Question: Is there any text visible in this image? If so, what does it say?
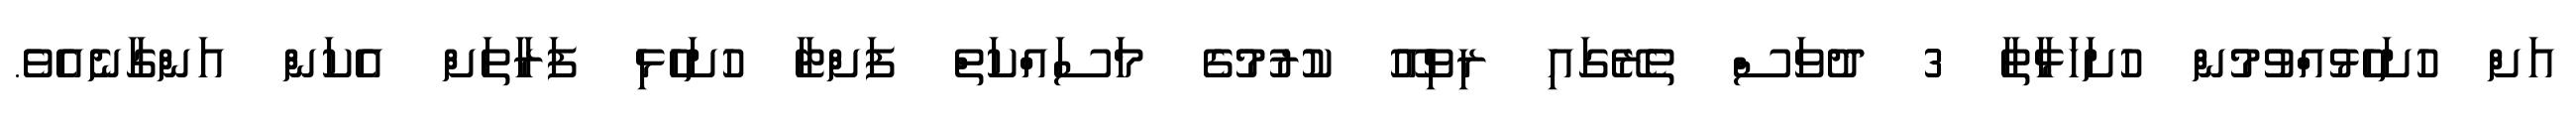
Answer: އަށް ހުށަހެޅުއްވުމުން ހުށަހަޅާތާ 3 ދުވަސް ތެރޭގައި ރިވިއޫ ކުރުމުގެ މަސައްކަތް ފަށްޓާ ހުށަހެޅި ފަރާތަށް އެކަން އަންގާނެއެވެ.